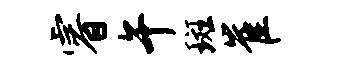
睿午斑崔